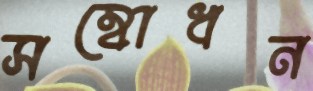
সম্বোধন